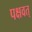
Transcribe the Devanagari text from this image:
पक्षवत्